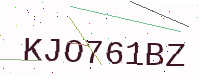
Text: KJO761BZ